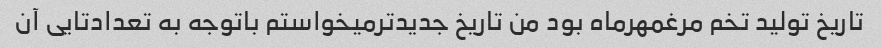
تاریخ تولید تخم مرغمهرماه بود من تاریخ جدیدترمیخواستم باتوجه به تعدادتایی آن